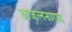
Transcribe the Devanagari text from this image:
अजलनशाह